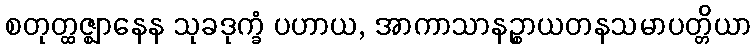
စတုတ္ထဇ္ဈာနေန သုခဒုက္ခံ ပဟာယ, အာကာသာနဉ္စာယတနသမာပတ္တိယာ